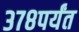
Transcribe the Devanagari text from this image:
३७८पर्यंत